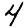
Digit: 4